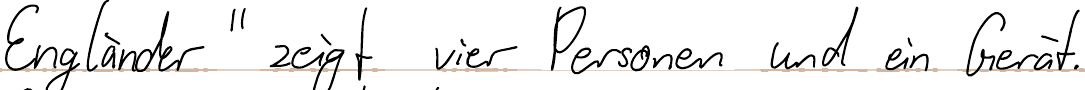
Engländer " zeigt vier Personen und ein Gerät.